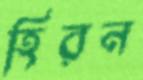
হিরন